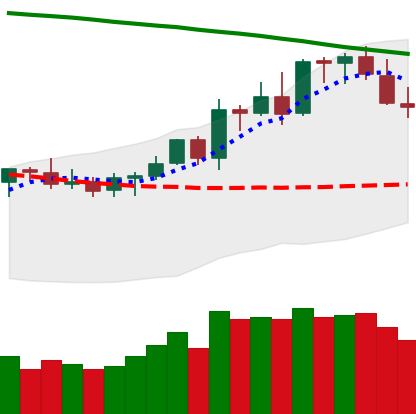
Ticker: LTC-USD
Chart end date: 2021-08-18
Forward return: 11.774%
Label: up_7plus